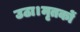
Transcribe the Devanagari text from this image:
उठा।मृतकों